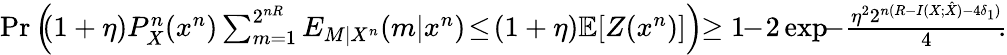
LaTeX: \begin{array}{r}{\operatorname*{Pr}\left(\! \! (1+\eta)P_{X}^{n}(x^{n})\sum_{m=1}^{2^{nR}}E_{M|X^{n}}(m|x^{n})\! \leq\! (1+\eta)\mathbb{E}{[Z(x^{n})]}\right)\! \! \geq 1\! \! -\! 2\exp{\! \! -\frac{\eta^{2}2^{n(R-I(X;\hat{X})-4\delta_{1})}}{4}\! \! }.}\end{array}